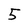
Character: 5